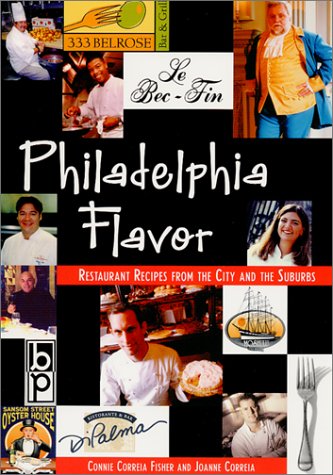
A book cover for Philadelphia Flavor: Restaurant Recipes from the City and Suburbs; Connie Correia Fisher; Cookbooks, Food & Wine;